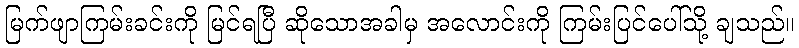
မြက်ဖျာကြမ်းခင်းကို မြင်ရပြီ ဆိုသောအခါမှ အလောင်းကို ကြမ်းပြင်ပေါ်သို့ ချသည်။